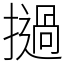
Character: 撾